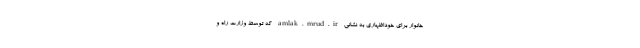
خانوار برای خوداظهاری به نشانی amlak.mrud.ir که توسط وزارت راه و